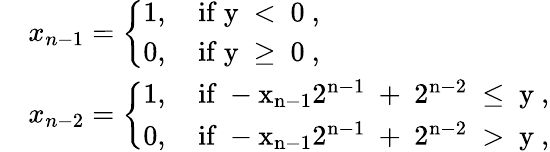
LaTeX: \begin{array}{rl}&{x_{n-1}=\left\{ \begin{array}{ll}{1,\quad\mathrm{if~y~<~0~,}}\\ {0,\quad\mathrm{if~y~\geq~0~,}}\end{array}\right.}\\ &{x_{n-2}=\left\{ \begin{array}{ll}{1,\quad\mathrm{if~-x_{n-1}2^{n-1}~+~2^{n-2}~\leq~y~},}\\ {0,\quad\mathrm{if~-x_{n-1}2^{n-1}~+~2^{n-2}~>~y~},}\end{array}\right.}\end{array}